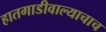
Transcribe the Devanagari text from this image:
हातगाडीवाल्याचाच